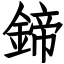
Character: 鍗